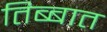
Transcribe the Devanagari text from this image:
तिब्बात